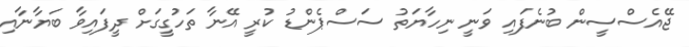
ޖޭއެސްސީން ބުނެފައި ވަނީ ނިހާޔަތު ސަސްޕެންޑު ކުރީ އޭނާ ތަހުގީގަށް ދީފައިވާ ބަޔާނާއި